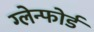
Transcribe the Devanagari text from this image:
ग्लेन्फोर्ड